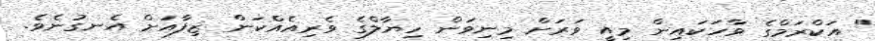
" އަކްރަމްގެ ވާހަކައިން މިއީ ވަރަށް މިނިވަން ހިޔާލްގެ ވެރިއެއްކަން ޒިފާއަށް އެނގުނެވެ.